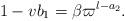
LaTeX: \begin{align*}1-vb_1 = \beta \varpi^{l-a_2}. \end{align*}